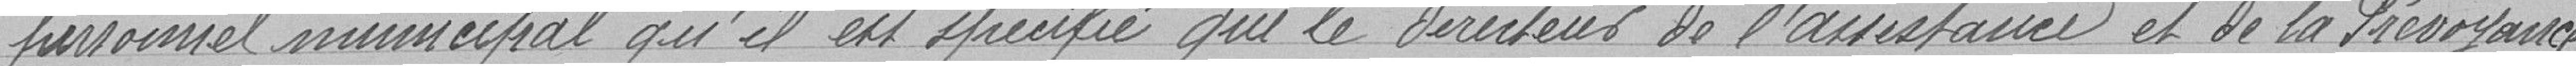
personnel municipal qu'il est spécifié que le directeur de l'assistance et de la prévoyance